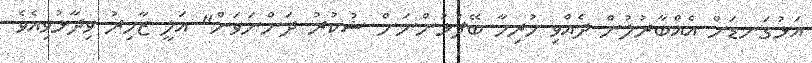
އަޅުގަނޑަށް އެއްބާރުލުން ދެއްވި ހުރިހާ ބޭފުޅުންނަށް ޝުކުރު ދަންނަވަން" އަލީ ޒާހިރު ވިދާޅުވިއެވެ.